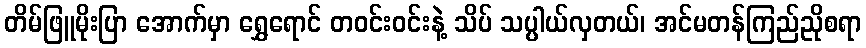
တိမ်ဖြူမိုးပြာ အောက်မှာ ရွှေရောင် တဝင်းဝင်းနဲ့ သိပ် သပ္ပါယ်လှတယ်၊ အင်မတန်ကြည်ညိုစရာ